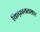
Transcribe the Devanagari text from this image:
किफ़ायतशार